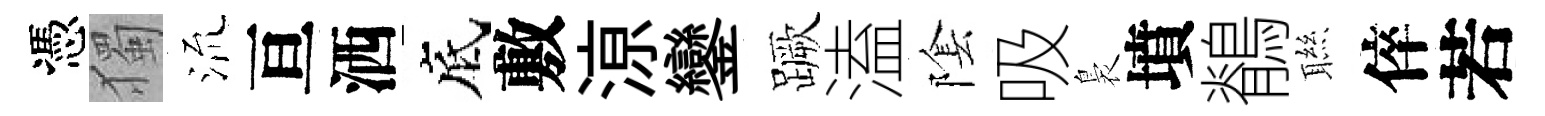
憑獨𣴑亘洒底敷鿌鑾蹶溘隂吸裊墳鶺聮倅若